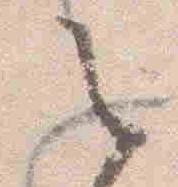
之